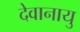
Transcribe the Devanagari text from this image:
देवानायु